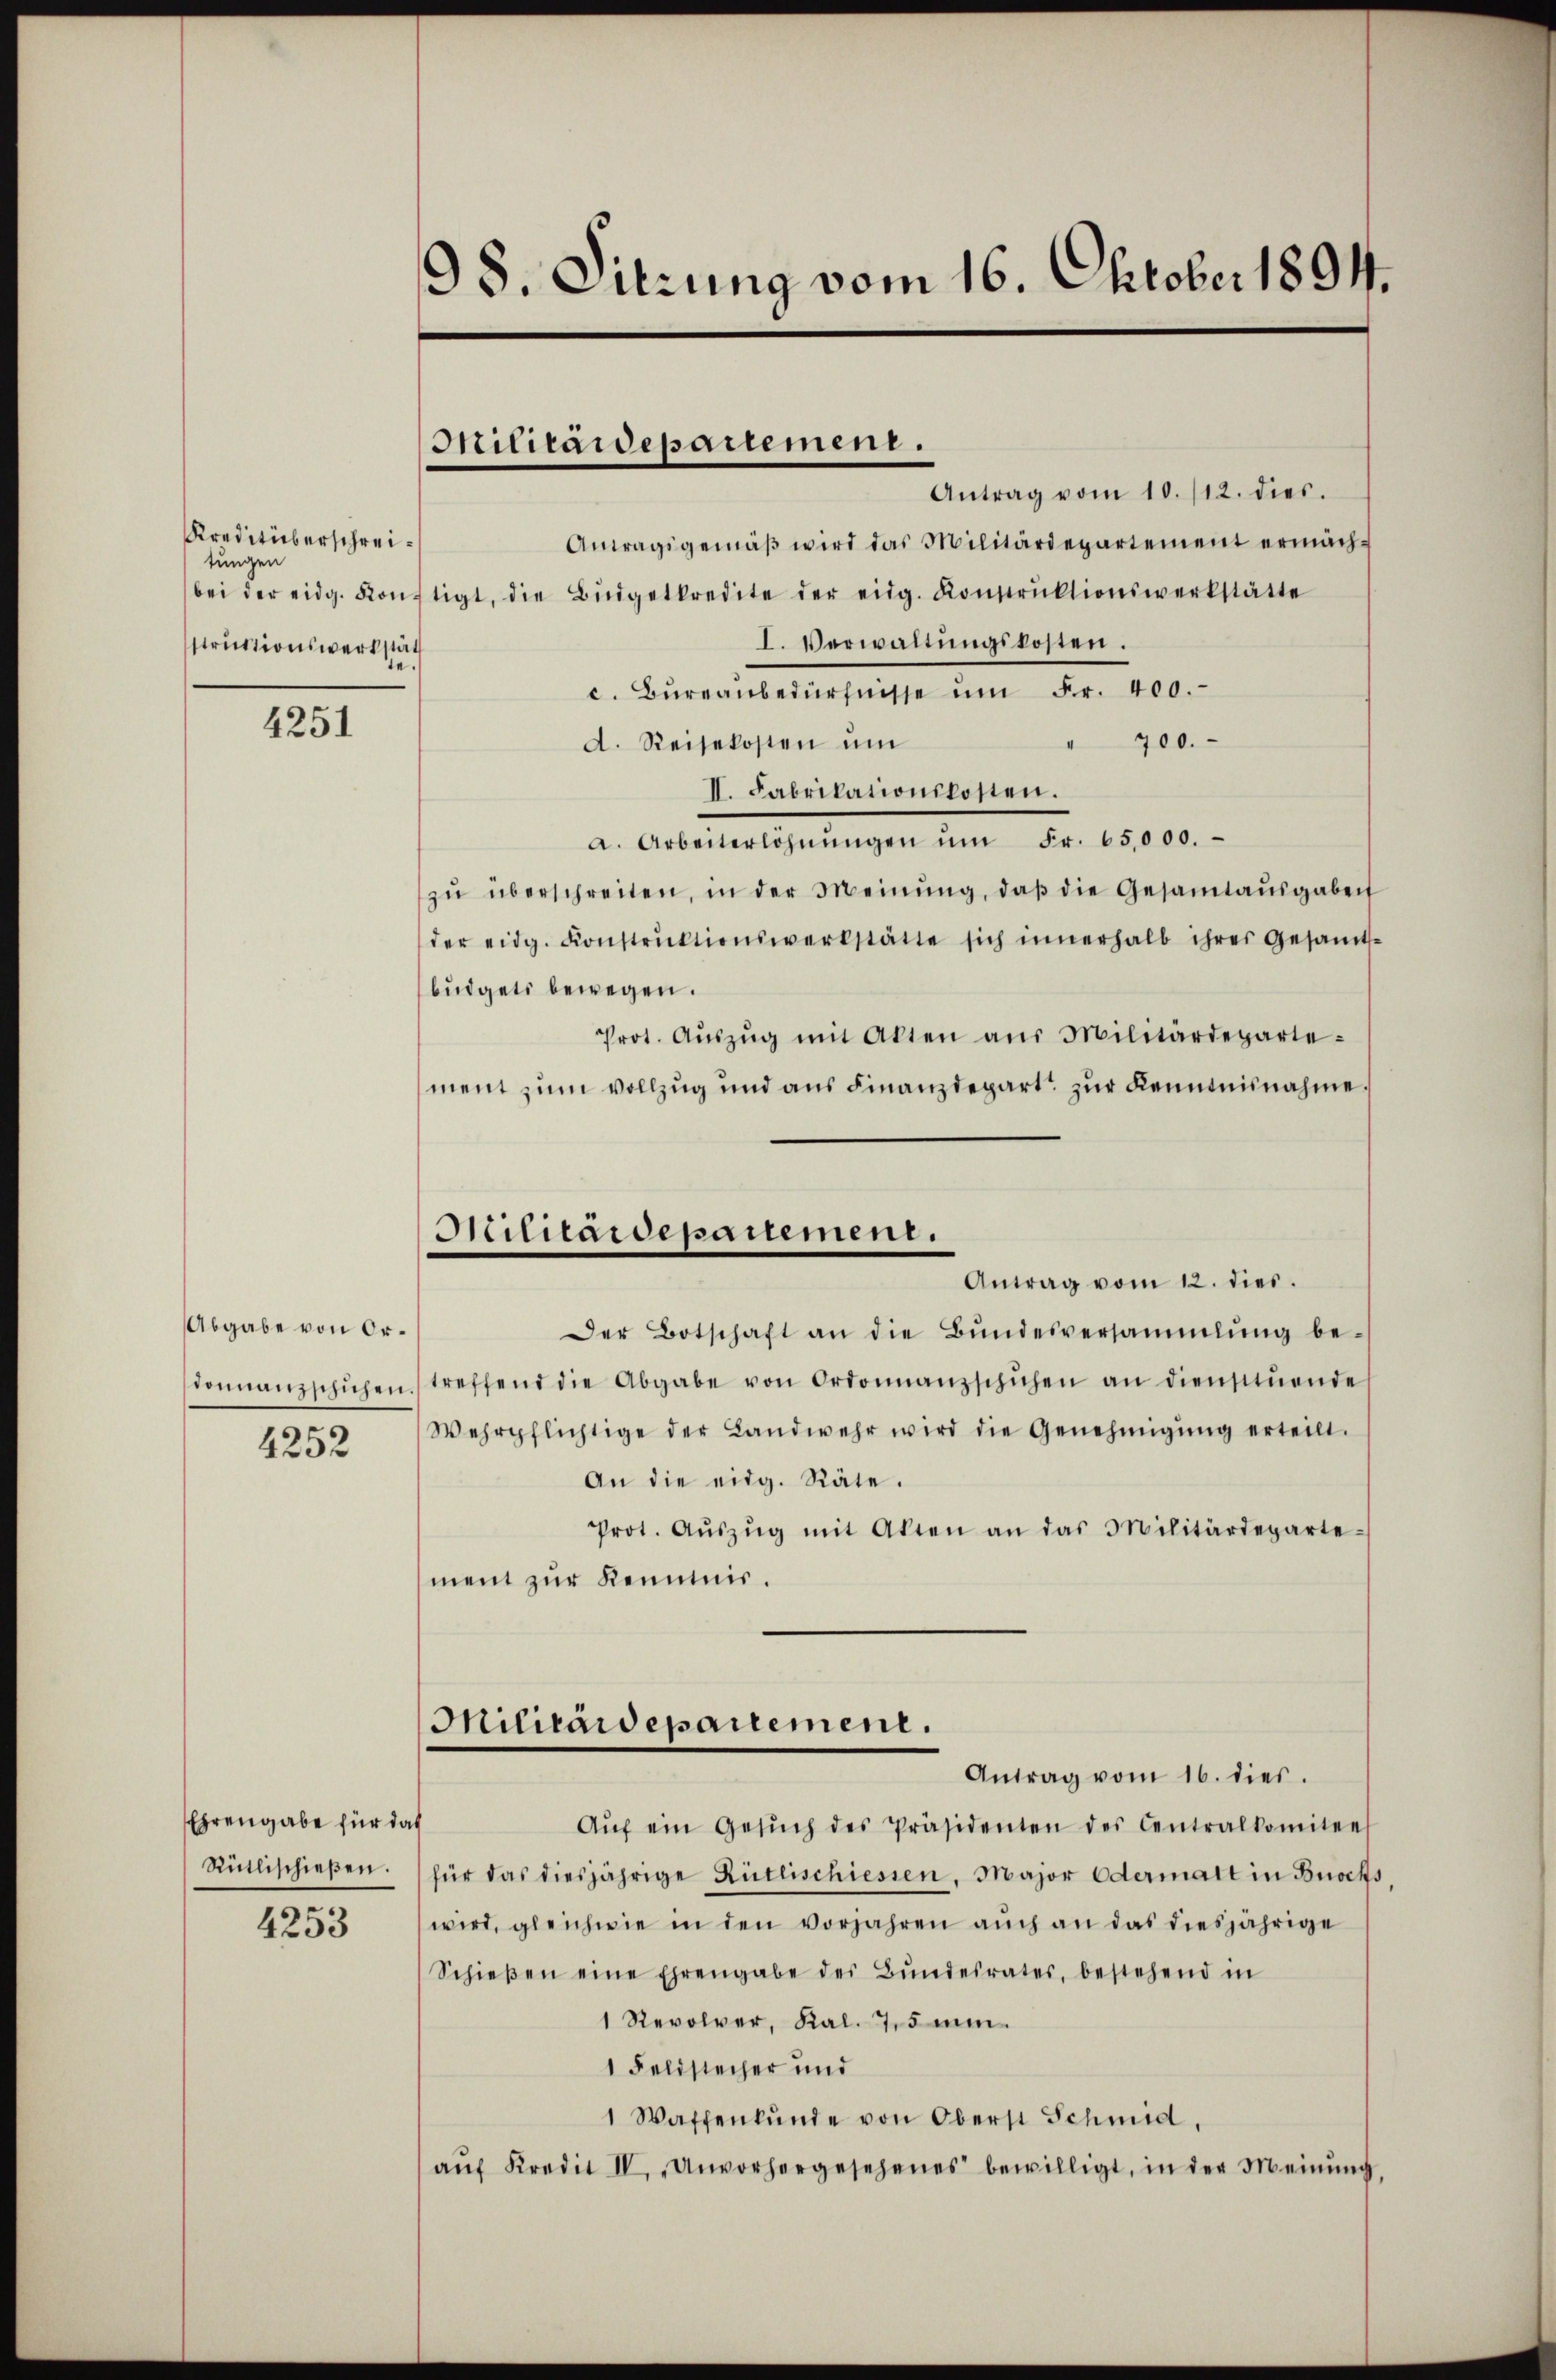
Kreditüberschreitungen
struktionswerkstät
te.

4251

Abgabe von Ortonnanzschichen
4252

Ehrengabe für das
Rütlischießen.

4253

98. Sitzung vom 16. Oktober 1894.

Antrag vom 10. /12. dies.
Antagsgemäβ wird das Militärdepartement ermäch-
bei der eidg. könftigt, die Büdgetkredite der eidg. Konstrŭktionswerkstätte
I. Verwaltŭngskosten.
c. Büreaŭbedürfnisse ŭm Fr. 400.
" 700.
d. Reisekosten ŭm
II. Fabrikationskosten.
a. Arbeiterlöhnŭngen ŭm Fr. 65,000.
zŭ überschreiten, in der Meinŭng, daβ die Gesamtaŭsgaben
der eidg. Konstrŭktionswerkstätte sich innerhalb ihrer Gesamt-
büdgets bewegen.
Prot. Aŭszŭg mit Akten aŭs Militärdeparte-
ment zum vollzug und aus Finanzdepart zur Kenntnisnahme.
Der Botschaft an die Bŭndesversammlung be-
treffend die Abgabe von Ordonnanzschuhen an dienstende
Wehrpflichtige der Landwehr wird die Genehmigŭng erteilt.
An die eidg. Räte.
Prot. Aŭszŭg mit Akten an das Militärdeparte-
ment zur Kenntnis.
Militärdepartement.
Antrag vom 16. dies.
Aŭf ein Gesŭch des Präsidenten des Centralkomitees
für das diesjährige Rütlischiessen. Major Odermatt in Buochs
wird, gleichwie in den vorjahren aŭch an das diesjährige
Schieβen eine Ehrengabe des Bŭndesrates, bestehend in
1 Revolver, Kal. 75 ni
1 Feldstecher und
1 Waffenkunde von Oberst Schmid,
aŭf Kredit II, „Unvorhergesehenes bewilligt, in der Meinŭng,

Miticaidepartemen.

Scilitärdepartement.
Antrag vom 12. dies.